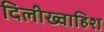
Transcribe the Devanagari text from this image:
दिलीख्वाहिश